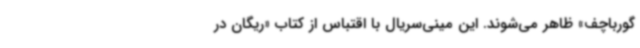
گورباچف» ظاهر می‌شوند. این مینی‌سریال با اقتباس از کتاب «ریگان در